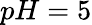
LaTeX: pH=5